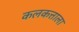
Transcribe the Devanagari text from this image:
कलकत्ताला